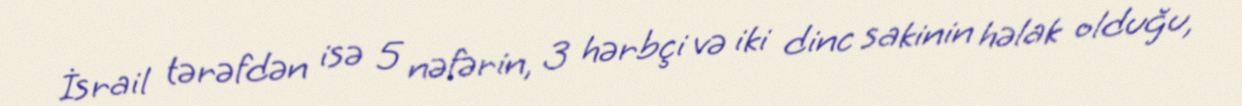
İsrail tərəfdən isə 5 nəfərin, 3 hərbçi və iki dinc sakinin həlak olduğu,